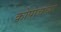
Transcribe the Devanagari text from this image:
कोपाचच्या